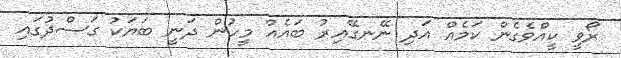
ރޯވީ ކީއްވެގެން ކަމެއް އަދި ނޭނގޭއިރު ބައެއް މީހުން ދަނީ ބަޔަކު ގަސްދުގައި